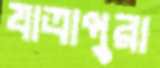
যাত্রাপুরা